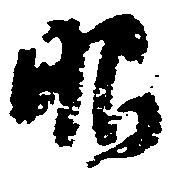
眼